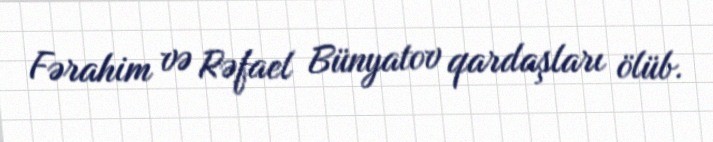
Fərahim və Rəfael Bünyatov qardaşları ölüb.